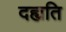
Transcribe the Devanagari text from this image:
दह्यति